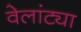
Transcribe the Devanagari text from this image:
वेलांट्या